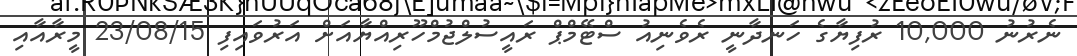
ނެރުނު 10